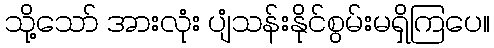
သို့သော် အားလုံး ပျံသန်းနိုင်စွမ်းမရှိကြပေ။